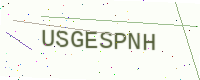
Text: USGESPNH